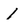
Character: 1